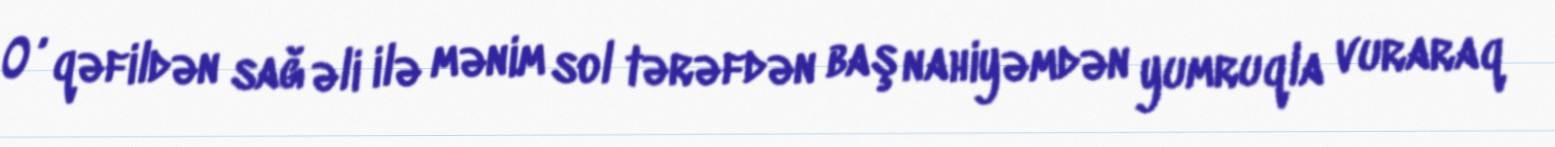
O , qəfildən sağ əli ilə mənim sol tərəfdən baş nahiyəmdən yumruqla vuraraq